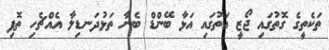
ތަކެތީގެ ގޮތުގައި ޖޯޒީ އަތުގައި އަޅާ ބޭންޑް ބެނާ ތަޅުދަނޑިލާ އެއްޗެހި ތޮފި